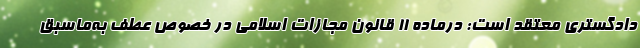
دادگستری معتقد است: درماده 11 قانون مجازات اسلامی در خصوص عطف به‌ماسبق